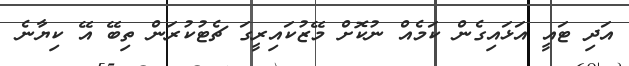
އަދި ޓައީ އަޅައިގެން ކަމެއް ނުކޮށް މޭޒުކައިރީގަ ޗެޓުކުރަން ތިބޭ އޭ ކިޔާނެ